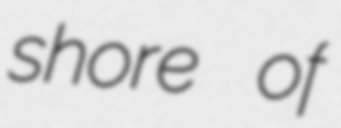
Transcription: shore of